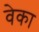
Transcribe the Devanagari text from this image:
वेका